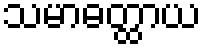
သမာဓတ္ထာယ